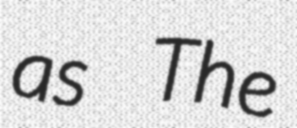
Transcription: as The